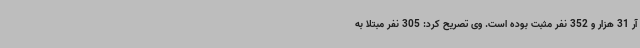
آر 31 هزار و 352 نفر مثبت بوده است. وی تصریح کرد: 305 نفر مبتلا به